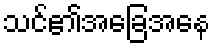
သင်၏အခြေအနေ